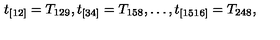
t _ { [ 1 2 ] } = T _ { 1 2 9 } , t _ { [ 3 4 ] } = T _ { 1 5 8 } , \ldots , t _ { [ 1 5 1 6 ] } = T _ { 2 4 8 } ,